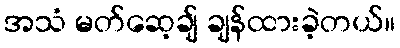
အသံ မတ်ဆေ့ချ် ချန်ထားခဲ့တယ်။